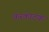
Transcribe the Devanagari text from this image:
करकाटक